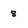
Character: 8